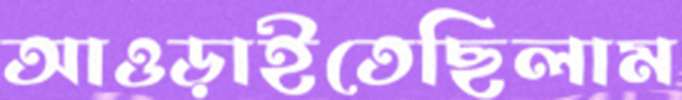
আওড়াইতেছিলাম